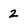
Character: 2